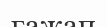
ғажап